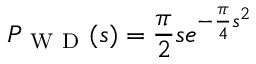
P _ { \mathrm { ~ W ~ D ~ } } ( s ) = \frac { \pi } { 2 } s e ^ { - \frac { \pi } { 4 } s ^ { 2 } }